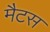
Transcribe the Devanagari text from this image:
मैटस